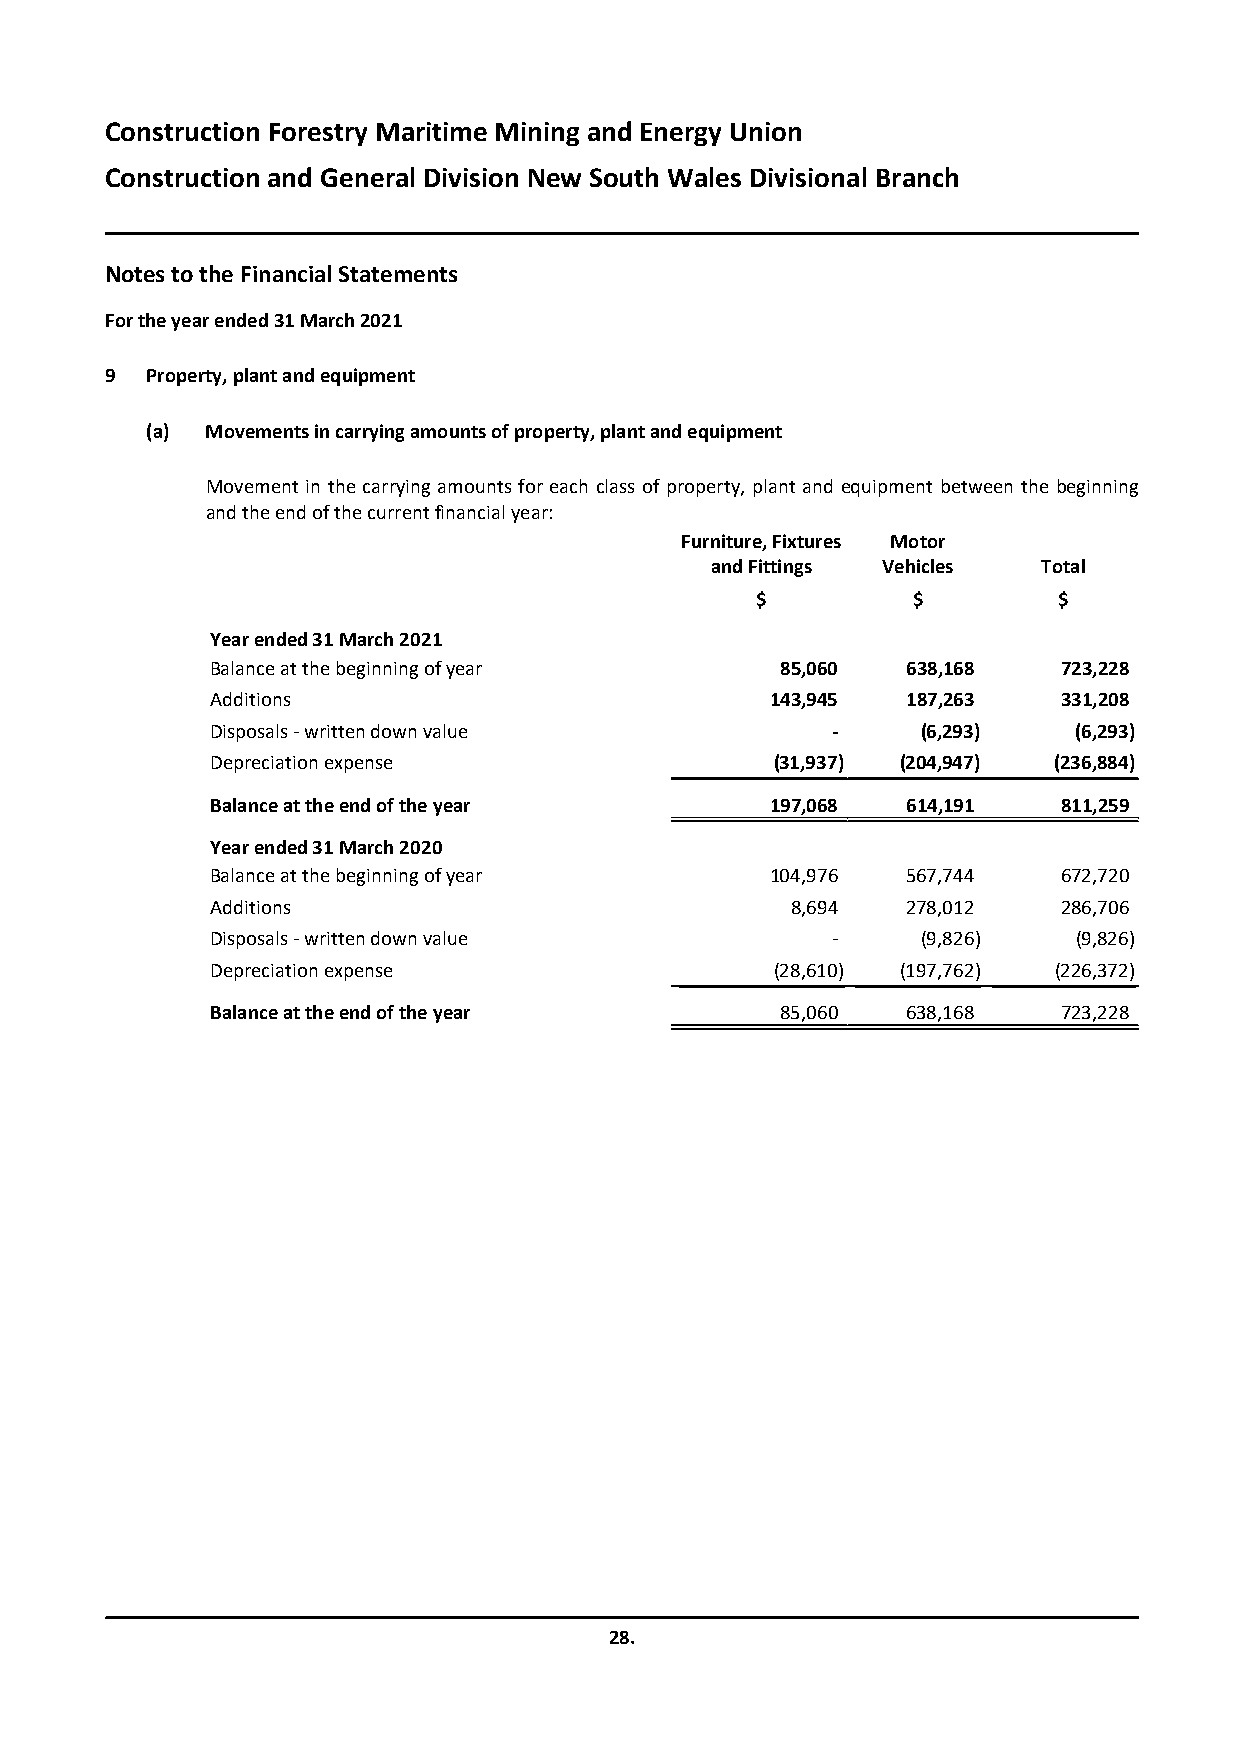
Construction Forestry Maritime Mining and Energy Union
 Construction and General Division New South Wales Divisional Branch
 Notes to the Financial Statements
 For the year ended31 March 2021
 9  Property, plant and equipment
 (a) Movements in carrying amounts of property, plant and equipment
 Movement in the carrying amounts for each class of property, plant and equipment between the beginning
 and the end of the current financial year:
 Furniture, Fixtures Motor
 and Fittings Vehicles Total
 $         $         $
 Year ended 31 March 2021
 Balance at the beginning of year      85,060  638,168   723,228
 Additions                            143,945  187,263   331,208
 Disposals - written down value           -     (6,293)   (6,293)
 Depreciation expense                 (31,937) (204,947) (236,884)
 Balance at the end of the year       197,068  614,191   811,259
 Year ended 31 March 2020
 Balance at the beginning of year     104,976  567,744   672,720
 Additions                             8,694   278,012   286,706
 Disposals - written down value           -     (9,826)   (9,826)
 Depreciation expense                 (28,610) (197,762) (226,372)
 Balance at the end of the year        85,060  638,168   723,228
 28.